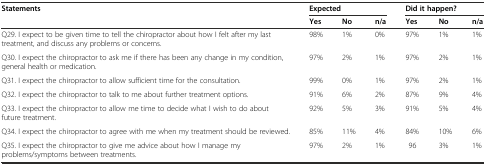
<table><thead><tr><td rowspan="2"><b>Statements</b></td><td colspan="3"><b>Expected</b></td><td colspan="3"><b>Did it happen?</b></td></tr><tr><td><b>Yes</b></td><td><b>No</b></td><td><b>n/a</b></td><td><b>Yes</b></td><td><b>No</b></td><td><b>n/a</b></td></tr></thead><tbody><tr><td>Q29. I expect to be given time to tell the chiropractor about how I felt after my last treatment, and discuss any problems or concerns.</td><td>98%</td><td>1%</td><td>0%</td><td>97%</td><td>1%</td><td>1%</td></tr><tr><td>Q30. I expect the chiropractor to ask me if there has been any change in my condition, general health or medication.</td><td>97%</td><td>2%</td><td>1%</td><td>97%</td><td>2%</td><td>1%</td></tr><tr><td>Q31. I expect the chiropractor to allow sufficient time for the consultation.</td><td>99%</td><td>0%</td><td>1%</td><td>97%</td><td>2%</td><td>1%</td></tr><tr><td>Q32. I expect the chiropractor to talk to me about further treatment options.</td><td>91%</td><td>6%</td><td>2%</td><td>87%</td><td>9%</td><td>4%</td></tr><tr><td>Q33. I expect the chiropractor to allow me time to decide what I wish to do about future treatment.</td><td>92%</td><td>5%</td><td>3%</td><td>91%</td><td>5%</td><td>4%</td></tr><tr><td>Q34. I expect the chiropractor to agree with me when my treatment should be reviewed.</td><td>85%</td><td>11%</td><td>4%</td><td>84%</td><td>10%</td><td>6%</td></tr><tr><td>Q35. I expect the chiropractor to give me advice about how I manage my problems/symptoms between treatments.</td><td>97%</td><td>2%</td><td>1%</td><td>96</td><td>3%</td><td>1%</td></tr></tbody></table>